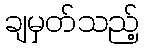
ချမှတ်သည့်